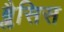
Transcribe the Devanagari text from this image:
ब्लैसिस